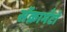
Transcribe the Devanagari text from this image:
सॅक्रामँटो